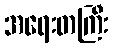
အရေးတကြီး